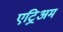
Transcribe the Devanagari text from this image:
एट्रिअम